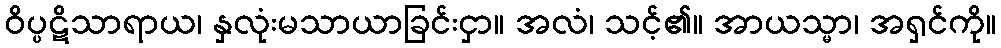
ဝိပ္ပဋိသာရာယ၊ နှလုံးမသာယာခြင်းငှာ။ အလံ၊ သင့်၏။ အာယသ္မာ၊ အရှင်ကို။